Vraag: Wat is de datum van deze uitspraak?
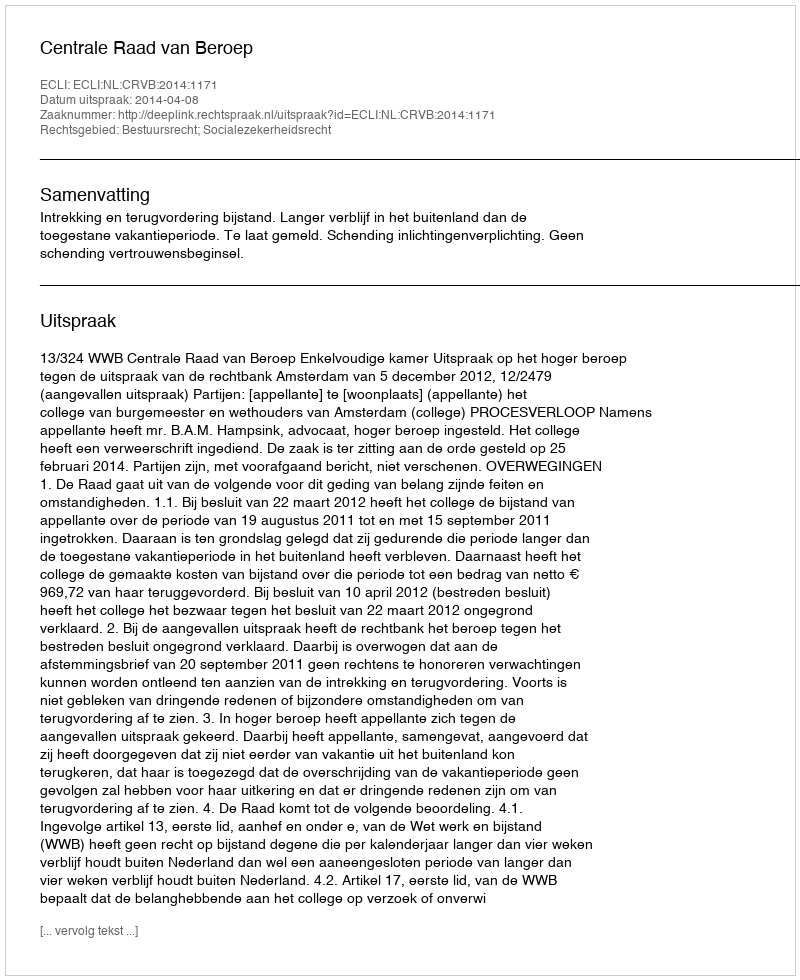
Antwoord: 2014-04-08